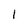
Character: 1